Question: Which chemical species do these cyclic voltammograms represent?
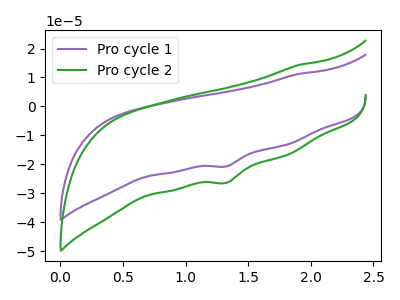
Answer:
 <answer>The purple curve is labeled "Pro cycle 1". The green curve is labeled "Pro cycle 2".</answer>
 <eval></eval>